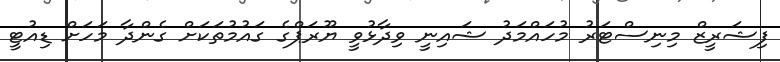
ފިޝަރީޒް މިނިސްޓަރު މުހައްމަދު ޝައިނީ ވިދާޅުވީ ޔޫރަޕްގެ ގައުމުތަކަށް ގެންދާ މަހަށް ޑިއުޓީ